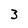
Character: 3